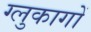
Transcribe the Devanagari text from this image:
ग्लुकागों